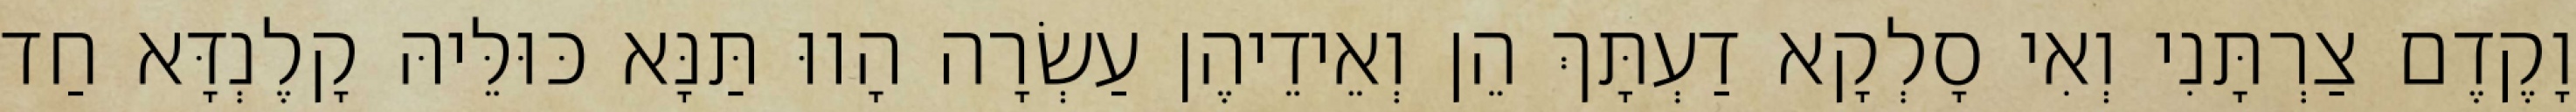
וָקֶדֶם צַרְתָּנִי וְאִי סָלְקָא דַעְתָּךְ הֵן וְאֵידֵיהֶן עַשְׂרָה הָווּ תַּנָּא כּוּלֵּיהּ קָלֶנְדָּא חַד